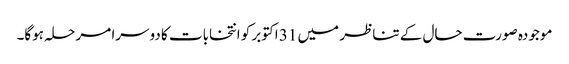
موجودہ صورت حال کے تناظر میں 31 اکتوبر کو انتخابات کا دوسرا مرحلہ ہوگا۔